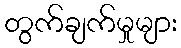
တွက်ချက်မှုများ